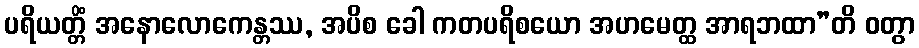
ပရိယတ္တိံ အနောလောကေန္တဿ, အပိစ ခေါ ကတပရိစယော အဟမေတ္ထ အာရဘထာ”တိ ဝတွာ